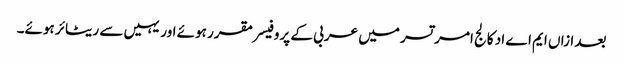
بعد ازاں ایم اے اد کالج امر تسر میں عربی کے پروفیسر مقرر ہوئے اور یہیں سے ریٹائر ہوئے۔